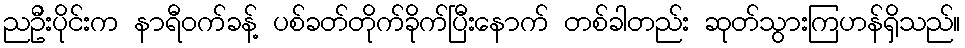
ညဦးပိုင်းက နာရီဝက်ခန့် ပစ်ခတ်တိုက်ခိုက်ပြီးနောက် တစ်ခါတည်း ဆုတ်သွားကြဟန်ရှိသည်။